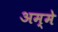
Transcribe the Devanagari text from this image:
अम्मे